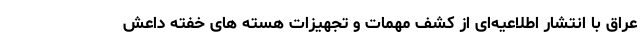
عراق با انتشار اطلاعیه‌ای از کشف مهمات و تجهیزات هسته های خفته داعش